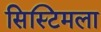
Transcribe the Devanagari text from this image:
सिस्टिमला